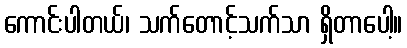
ကောင်းပါတယ်၊ သက်တောင့်သက်သာ ရှိတာပေါ့။